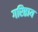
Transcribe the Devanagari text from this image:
गरिष्ठाय